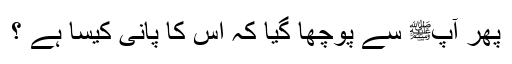
پھر آپﷺ سے پوچھا گیا کہ اس کا پانی کیسا ہے ؟